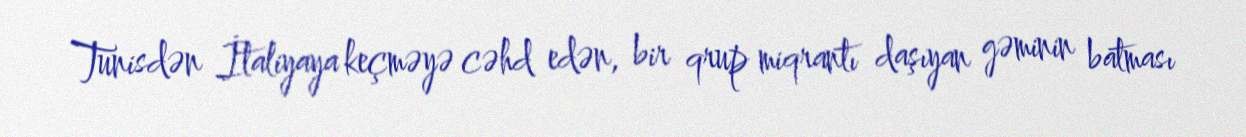
Tunisdən İtaliyaya keçməyə cəhd edən, bir qrup miqrantı daşıyan gəminin batması